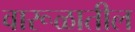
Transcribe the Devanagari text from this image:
वारूळातील